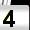
Digit: 4